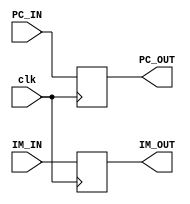
`timescale 1ns/1ps
//////////////////////////////////////////////////////////////////////////////////
// Company: SCU
//
// Design Name: pipeline_buffer
// Module Name: IF_ID, ID_EX, EX_MEM, MEM_WB
// Project Name: lab4
// Target Devices:
// Tool Versions:
// Description: Buffer for a CPU pipeline
//////////////////////////////////////////////////////////////////////////////////

module IF_ID (PC_IN, IM_IN, PC_OUT, IM_OUT, clk);
    input [31:0] PC_IN, IM_IN;
    output reg [31:0] PC_OUT, IM_OUT;
    input clk;

    always @(negedge clk)
    begin
        PC_OUT = PC_IN;
        IM_OUT = IM_IN;
    end
endmodule

module ID_EX (PC_IN, RD1_IN, RD2_IN, IMM_IN, PC_OUT, RD1_OUT, RD2_OUT, IMM_OUT, clk);
    input [31:0] PC_IN, RD1_IN, RD2_IN;
    input [63:0] IMM_IN;
    output reg [31:0] PC_OUT, RD1_OUT, RD2_OUT;
    output reg [63:0] IMM_OUT;
    input clk;

    always @(negedge clk)
    begin
        PC_OUT = PC_IN;
        RD1_OUT = RD1_IN;
        RD2_OUT = RD2_IN;
        IMM_OUT = IMM_IN;
    end
endmodule

module EX_MEM (ADD_IN, ZERO_IN, ALU_IN, RD2_IN, ADD_OUT, ZERO_OUT, ALU_OUT, RD2_OUT, clk);
    input [31:0] ADD_IN, ALU_IN, RD2_IN;
    input ZERO_IN;
    output reg [31:0] ADD_OUT, ALU_OUT, RD2_OUT;
    output reg ZERO_OUT;
    input clk;

    always @(negedge clk)
    begin
        ADD_OUT = ADD_IN;
        ZERO_OUT = ZERO_IN;
        ALU_OUT = ALU_IN;
        RD2_OUT = RD2_IN;
    end
endmodule

module MEM_WB (MEM_IN, ALU_IN, MEM_OUT, ALU_OUT, clk);
    input [31:0] MEM_IN, ALU_IN;
    output reg [31:0] MEM_OUT, ALU_OUT;
    input clk;

    always @(negedge clk)
    begin
        ALU_OUT = ALU_IN;
        MEM_OUT = MEM_IN;
    end
endmodule